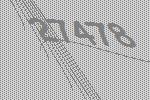
27478